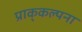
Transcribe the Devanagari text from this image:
प्राक्‌कल्पना